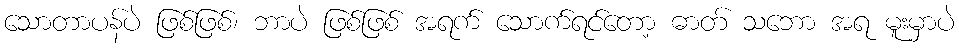
သောတာပန်ပဲ ဖြစ်ဖြစ်၊ ဘာပဲ ဖြစ်ဖြစ် အရက် သောက်ရင်တော့ ဓာတ် သဘော အရ မူးမှာပဲ